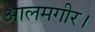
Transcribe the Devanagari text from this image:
आलमगीर।